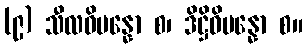
(၉) သီလဝိပန္နော စ၊ ဒိဋ္ဌိဝိပန္နော စ။